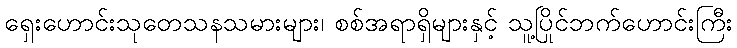
ရှေးဟောင်းသုတေသနသမားများ၊ စစ်အရာရှိများနှင့် သူ့ပြိုင်ဘက်ဟောင်းကြီး